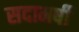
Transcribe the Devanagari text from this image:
सदामर्षी